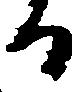
る